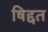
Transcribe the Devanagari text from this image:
षिद्दत